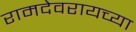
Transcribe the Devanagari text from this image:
रामदेवरायच्या